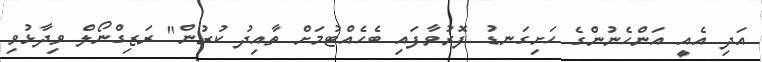
އަދި އެއީ އަންހެނުންގެ ހަށިގަނޑު ފޮރުވާފައި ބެހެއްޓުމަށް ތާއިދު ކުރުން" ރަޒިގްނޯލް ވިދާޅުވި